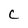
Character: C